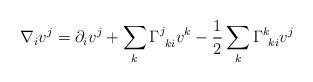
LaTeX: \begin{align*} \nabla_i v^j = \partial_i v^j + \sum_k \Gamma^j_{\: \: ki} v^k - \frac12 \sum_k \Gamma^k_{\: \: ki} v^j\end{align*}